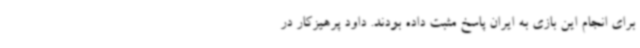
برای انجام این بازی به ایران پاسخ مثبت داده بودند. داود پرهیزکار در